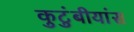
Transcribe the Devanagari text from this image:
कुटुंबीयांस